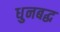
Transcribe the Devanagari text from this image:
धुनबद्ध